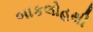
બાકલોહથી